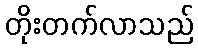
တိုးတက်လာသည်